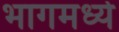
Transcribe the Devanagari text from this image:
भागमध्ये